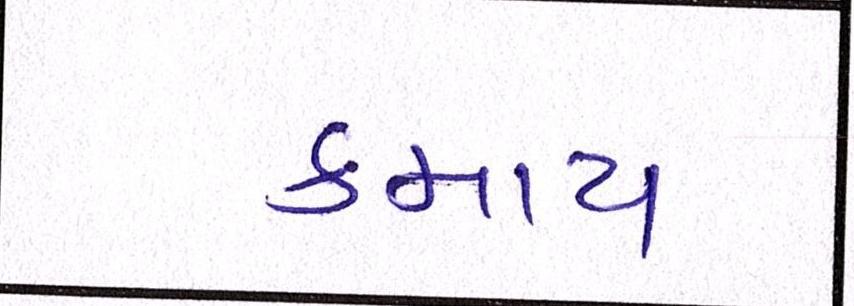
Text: કમાય